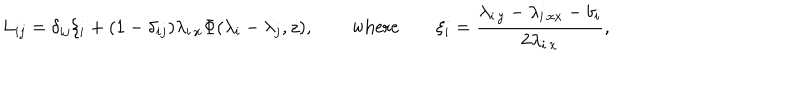
LaTeX: L _ { i j } = \delta _ { i j } \xi _ { i } + ( 1 - \delta _ { i j } ) \lambda _ { i \, x } \Phi ( \lambda _ { i } - \lambda _ { j } , z ) , \qquad \mathrm { w h e r e } \qquad \xi _ { i } = \frac { \lambda _ { i \, y } - \lambda _ { i \, x x } - b _ { i } } { 2 \lambda _ { i \, x } } ,